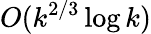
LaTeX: O(k^{2/3}\log k)